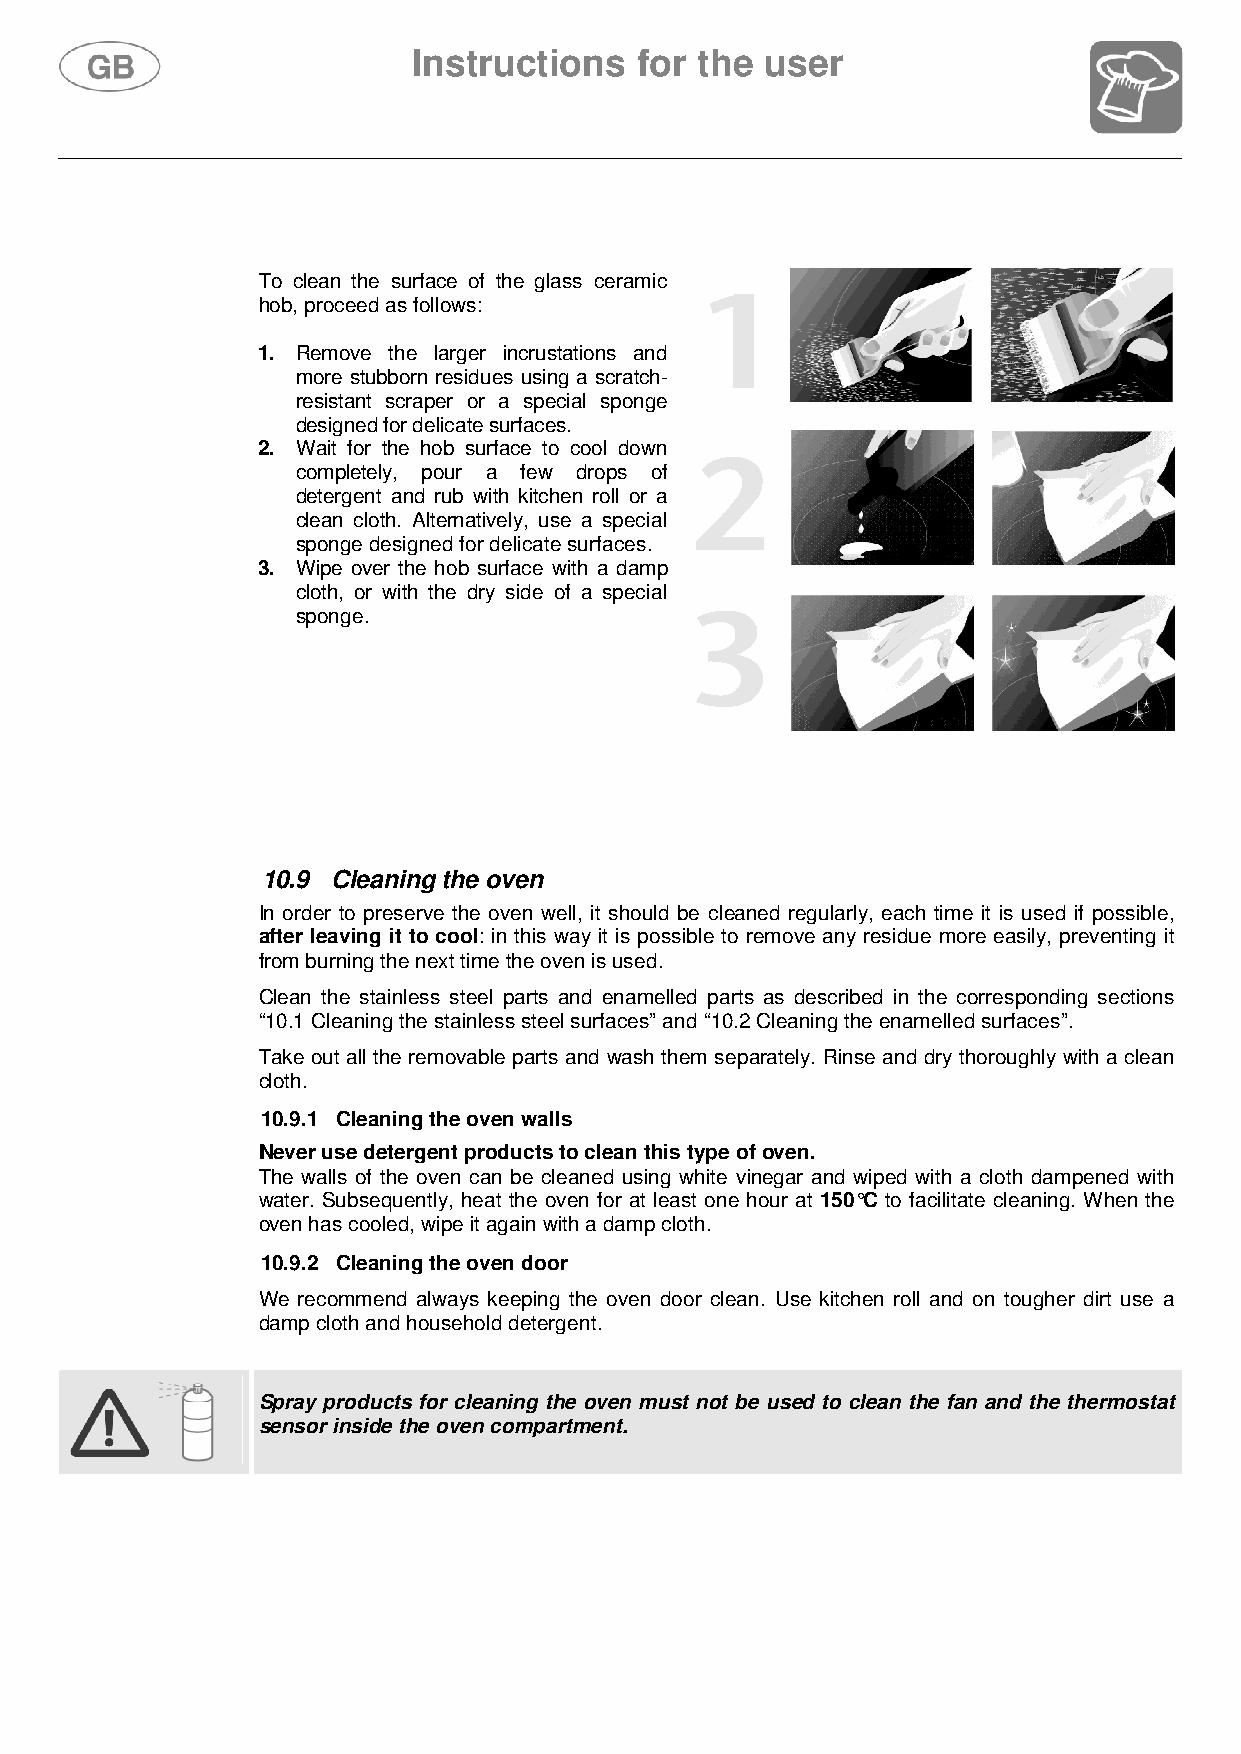
Instructions   for the  user
 To clean the surface of the glass ceramic
 hob, proceed as follows:
 1. Remove the larger incrustations and
 more stubborn residues using a scratch-
 resistant scraper or a special sponge
 designed for delicate surfaces.
 2. Wait for the hob surface to cool down
 completely, pour a few drops of
 detergent and rub with kitchen roll or a
 clean cloth. Alternatively, use a special
 sponge designed for delicate surfaces.
 3. Wipe over the hob surface with a damp
 cloth, or with the dry side of a special
 sponge.
 10.9 Cleaning the oven
 In order to preserve the oven well, it should be cleaned regularly, each time it is used if possible,
 after leaving it to cool: in this way it is possible to remove any residue more easily, preventing it
 from burning the next time the oven is used.
 Clean the stainless steel parts and enamelled parts as described in the corresponding sections
 “10.1 Cleaning the stainless steel surfaces” and “10.2 Cleaning the enamelled surfaces”.
 Take out all the removable parts and wash them separately. Rinse and dry thoroughly with a clean
 cloth.
 10.9.1 Cleaning the oven walls
 Never use detergent products to clean this type of oven.
 The walls of the oven can be cleaned using white vinegar and wiped with a cloth dampened with
 water. Subsequently, heat the oven for at least one hour at 150°C to facilitate cleaning. When the
 oven has cooled, wipe it again with a damp cloth.
 10.9.2 Cleaning the oven door
 We recommend always keeping the oven door clean. Use kitchen roll and on tougher dirt use a
 damp cloth and household detergent.
 Spray products for cleaning the oven must not be used to clean the fan and the thermostat
 sensor inside the oven compartment.
 108